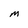
Character: M